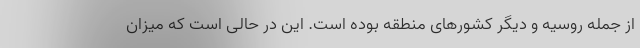
از جمله روسیه و دیگر کشورهای منطقه بوده است. این در حالی است که میزان